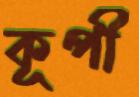
কূপী